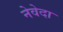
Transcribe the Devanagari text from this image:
नेवेदा